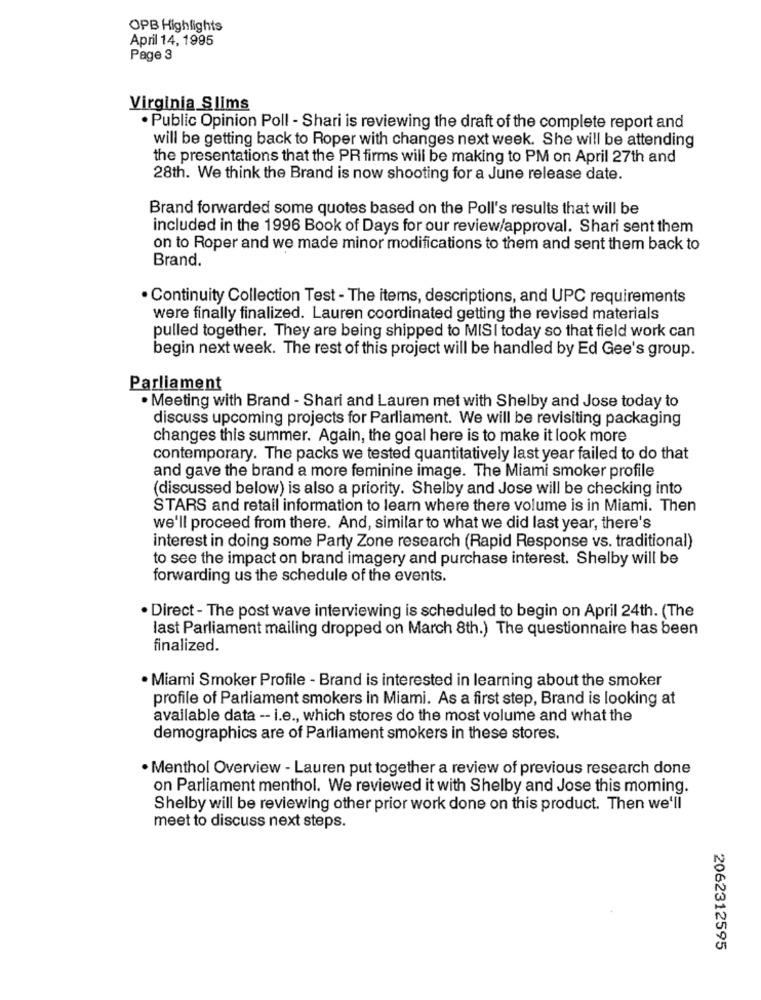
OPB Highlights
April 14, 1995
Page 3
Virginia Slims
. Public Opinion Poll - Shari is reviewing the draft of the complete report and
will be getting back to Roper with changes next week. She will be attending
the presentations that the PR firms will be making to PM on April 27th and
28th. We think the Brand is now shooting for a June release date.
Brand forwarded some quotes based on the Poll's results that will be
included in the 1996 Book of Days for our review/approval. Shari sent them
on to Roper and we made minor modifications to them and sent them back to
Brand.
. Continuity Collection Test - The items, descriptions, and UPC requirements
were finally finalized. Lauren coordinated getting the revised materials
pulled together. They are being shipped to MISI today so that field work can
begin next week. The rest of this project will be handled by Ed Gee's group.
Parliament
. Meeting with Brand - Shari and Lauren met with Shelby and Jose today to
discuss upcoming projects for Parliament. We will be revisiting packaging
changes this summer. Again, the goal here is to make it look more
contemporary. The packs we tested quantitatively last year failed to do that
and gave the brand a more feminine image. The Miami smoker profile
(discussed below) is also a priority. Shelby and Jose will be checking into
STARS and retail information to learn where there volume is in Miami. Then
we'll proceed from there. And, similar to what we did last year, there's
interest in doing some Party Zone research (Rapid Response vs. traditional)
to see the impact on brand imagery and purchase interest. Shelby will be
forwarding us the schedule of the events.
. Direct - The post wave interviewing is scheduled to begin on April 24th. (The
last Parliament mailing dropped on March 8th.) The questionnaire has been
finalized.
. Miami Smoker Profile - Brand is interested in learning about the smoker
profile of Parliament smokers in Miami. As a first step, Brand is looking at
available data -- i.e ., which stores do the most volume and what the
demographics are of Parliament smokers in these stores.
· Menthol Overview - Lauren put together a review of previous research done
on Parliament menthol. We reviewed it with Shelby and Jose this moming.
Shelby will be reviewing other prior work done on this product. Then we'll
meet to discuss next steps.
2062312595